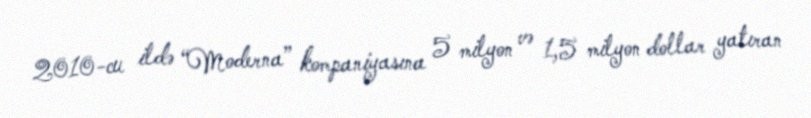
2010-cu ildə “Moderna” kompaniyasına 5 milyon və 1,5 milyon dollar yatıran